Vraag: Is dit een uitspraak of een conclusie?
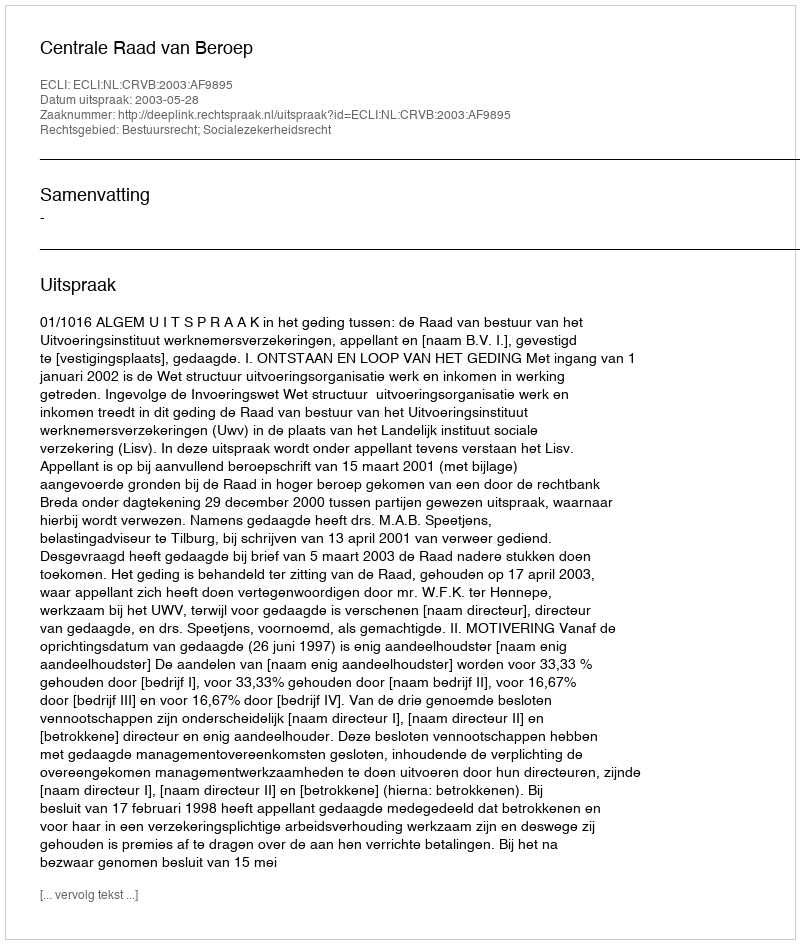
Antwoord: Uitspraak